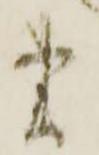
書